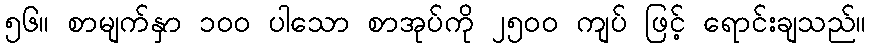
၅၆။ စာမျက်နှာ ၁၀၀ ပါသော စာအုပ်ကို ၂၅၀၀ ကျပ် ဖြင့် ရောင်းချသည်။